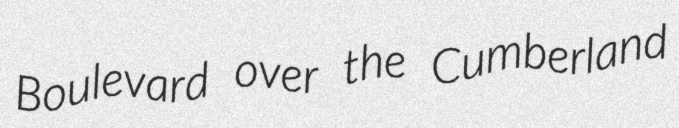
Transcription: Boulevard over the Cumberland